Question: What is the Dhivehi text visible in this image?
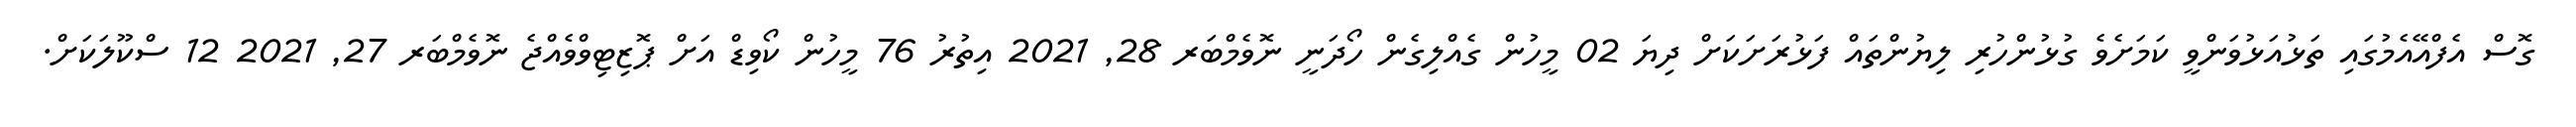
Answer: ގޮސް އެފްއޭއެމުގައި ތަޅުއަޅުވަންވީ ކަމަށެވެ ގުޅުންހުރި ލިޔުންތައް ފަޅުރަށަކަށް ދިޔަ 02 މީހުން ގެއްލިގެން ހޯދަނީ ނޮވެމްބަރ 28, 2021 އިތުރު 76 މީހުން ކޯވިޑް އަށް ޕޮޒިޓިވްވެއްޖެ ނޮވެމްބަރ 27, 2021 12 ސްކޫލަކަށް.